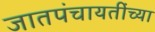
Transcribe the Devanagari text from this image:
जातपंचायतींच्या